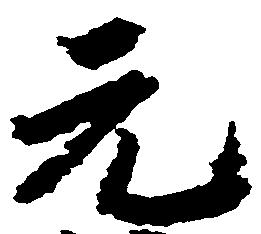
元